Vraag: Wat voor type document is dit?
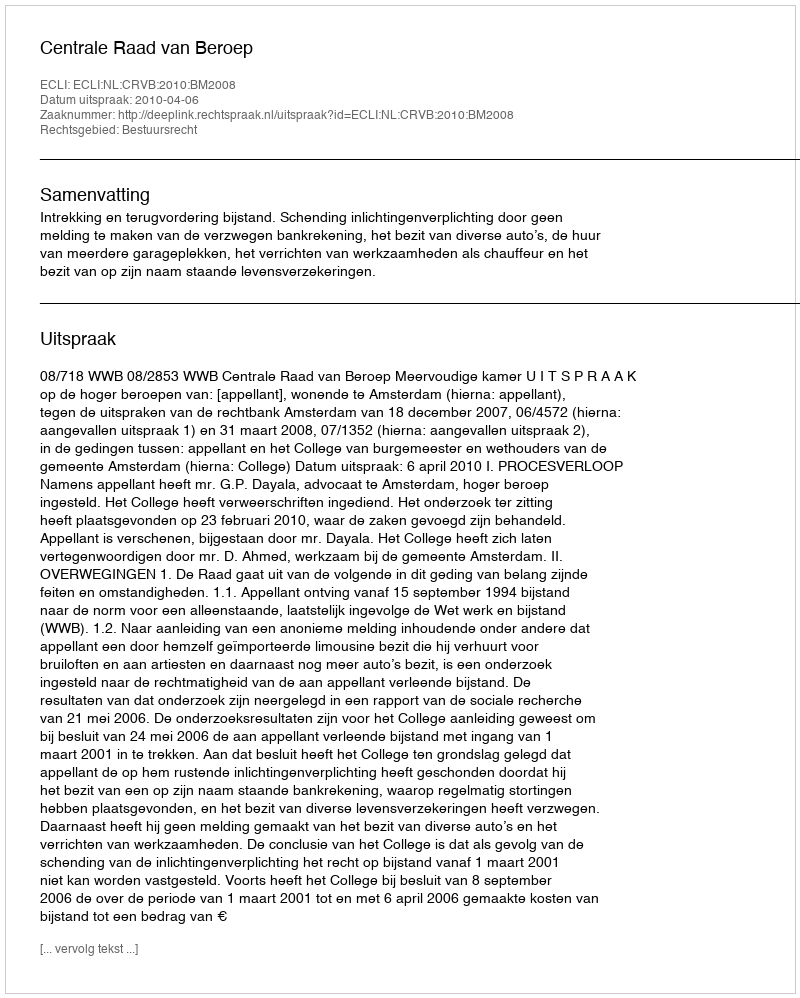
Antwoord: Uitspraak